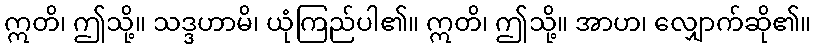
ဣတိ၊ ဤသို့။ သဒ္ဒဟာမိ၊ ယုံကြည်ပါ၏။ ဣတိ၊ ဤသို့။ အာဟ၊ လျှောက်ဆို၏။